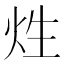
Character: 𤇣